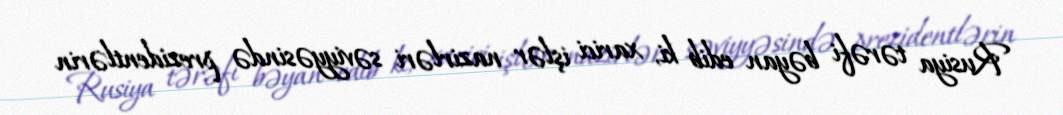
Rusiya tərəfi bəyan edib ki, xarici işlər nazirləri səviyyəsində prezidentlərin